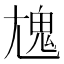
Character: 𩲄